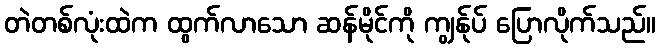
တဲတစ်လုံးထဲက ထွက်လာသော ဆန်မိုင်ကို ကျွန်ုပ် ပြောလိုက်သည်။